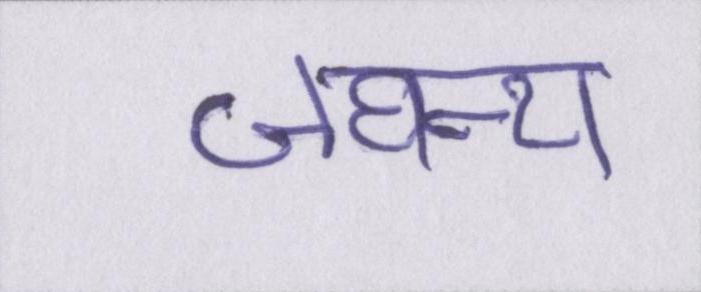
जघन्य